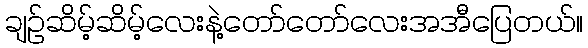
ချဉ်ဆိမ့်ဆိမ့်လေးနဲ့တော်တော်လေးအအီပြေတယ်။